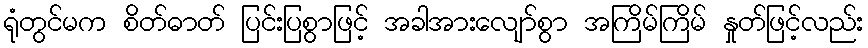
ရုံတွင်မက စိတ်ဓာတ် ပြင်းပြစွာဖြင့် အခါအားလျော်စွာ အကြိမ်ကြိမ် နှုတ်ဖြင့်လည်း